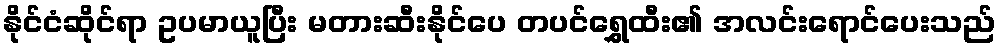
နိုင်ငံဆိုင်ရာ ဥပမာယူပြီး မတားဆီးနိုင်ပေ တပင်ရွှေထီး၏ အလင်းရောင်ပေးသည်